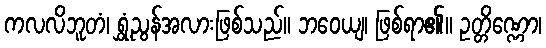
ကလလိဘူတံ၊ ရွှံ့ညွန်အလားဖြစ်သည်။ ဘဝေယျ၊ ဖြစ်ရာ၏။ ဥတ္တိဏ္ဏော၊